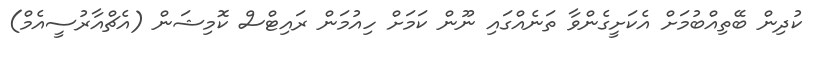
ކުދިން ބޭތިއްބުމަށް އެކަށީގެންވާ ތަނެއްގައި ނޫން ކަމަށް ހިއުމަން ރައިޓްސް ކޮމިޝަން (އެޗްއާރުސީއެމް)